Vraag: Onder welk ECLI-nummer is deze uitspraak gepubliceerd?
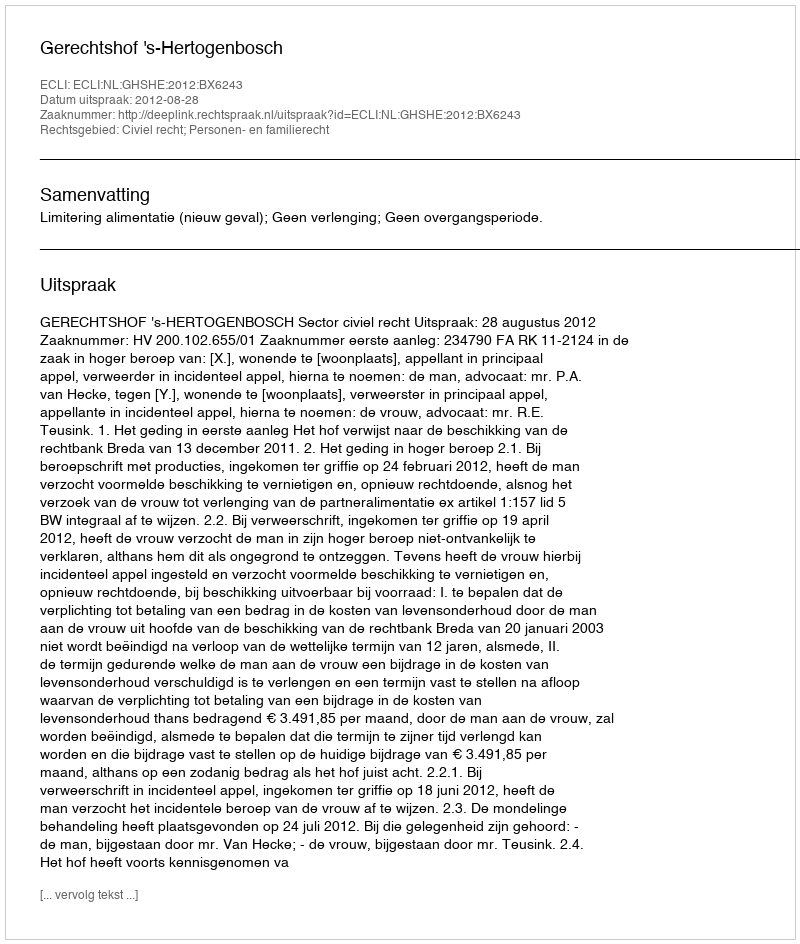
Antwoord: ECLI:NL:GHSHE:2012:BX6243